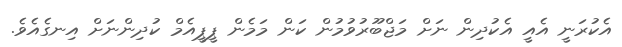
އެކުރަނީ އެއީ އެކުދިން ނަށް މަޖްބޫރުވުމުން ކަން މަމެން ޕީޕީއެމް ކުދިންނަށް އިނގެއެވެ.